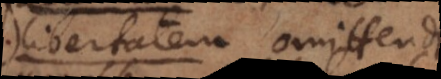
libertati omittendi